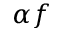
\alpha f